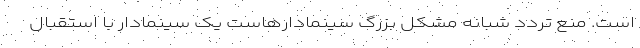
است. منع تردد شبانه مشکل بزرگ سینمادارهاست یک سینمادار با استقبال